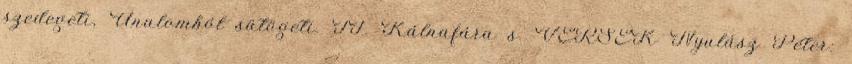
szedegeti, Unalomból sütögeti. II. Kálnafára s. VERSEK Nyulász Péter: